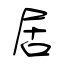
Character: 居